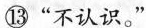
⑬“不认识。”